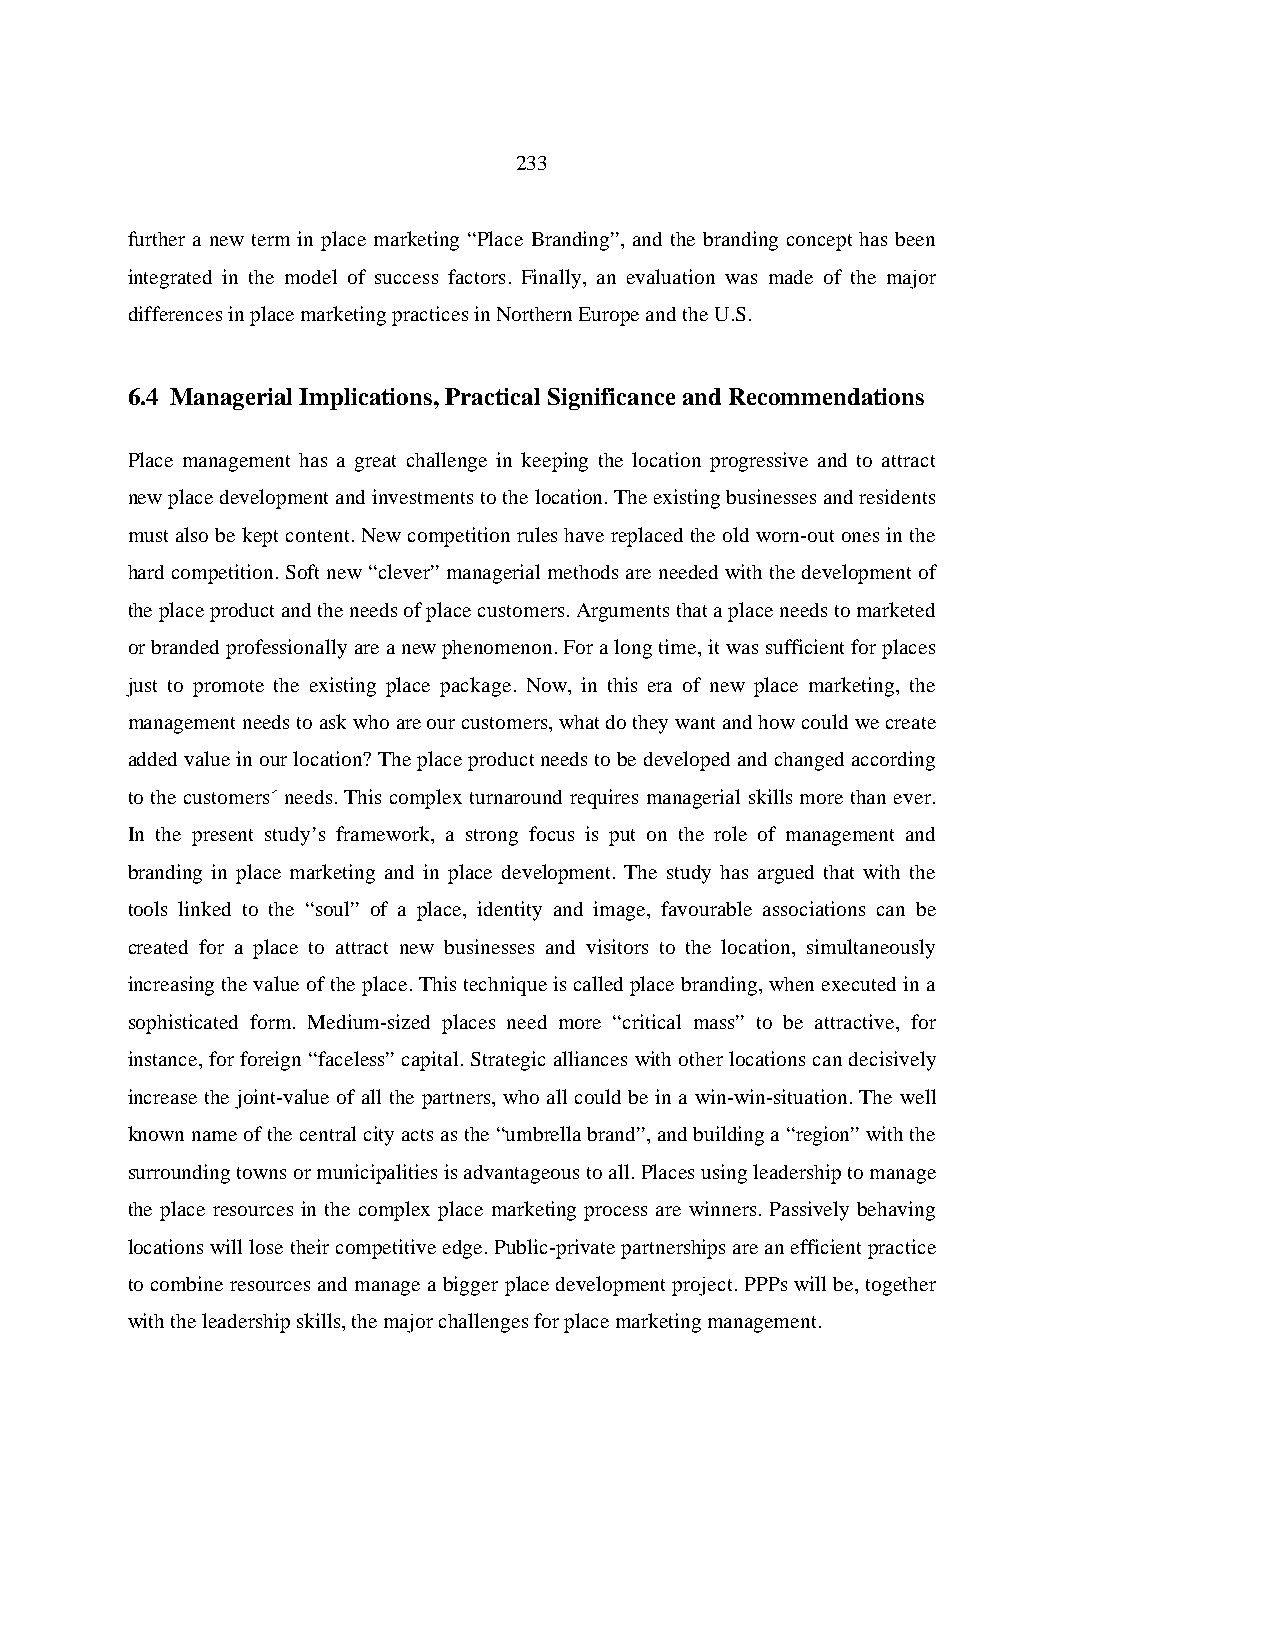
233
 further a new term in place marketing “Place Branding”, and the branding concept has been
 integrated in the model of success factors. Finally, an evaluation was made of the major
 differences in place marketing practices in Northern Europe and the U.S.
 6.4 Managerial Implications, Practical Significance and Recommendations
 Place management has a great challenge in keeping the location progressive and to attract
 new place development and investments to the location. The existing businesses and residents
 must also be kept content. New competition rules have replaced the old worn-out ones in the
 hard competition. Soft new “clever” managerial methods are needed with the development of
 the place product and the needs of place customers. Arguments that a place needs to marketed
 or branded professionally are a new phenomenon. For a long time, it was sufficient for places
 just to promote the existing place package. Now, in this era of new place marketing, the
 management needs to ask who are our customers, what do they want and how could we create
 added value in our location? The place product needs to be developed and changed according
 to the customers´ needs. This complex turnaround requires managerial skills more than ever.
 In the present study’s framework, a strong focus is put on the role of management and
 branding in place marketing and in place development. The study has argued that with the
 tools linked to the “soul” of a place, identity and image, favourable associations can be
 created for a place to attract new businesses and visitors to the location, simultaneously
 increasing the value of the place. This technique is called place branding, when executed in a
 sophisticated form. Medium-sized places need more “critical mass” to be attractive, for
 instance, for foreign “faceless” capital. Strategic alliances with other locations can decisively
 increase the joint-value of all the partners, who all could be in a win-win-situation. The well
 known name of the central city acts as the “umbrella brand”, and building a “region” with the
 surrounding towns or municipalities is advantageous to all. Places using leadership to manage
 the place resources in the complex place marketing process are winners. Passively behaving
 locations will lose their competitive edge. Public-private partnerships are an efficient practice
 to combine resources and manage a bigger place development project. PPPs will be, together
 with the leadership skills, the major challenges for place marketing management.